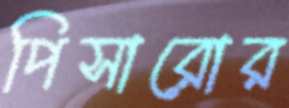
পিসারোর